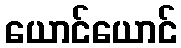
ယောင်ယောင်